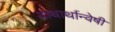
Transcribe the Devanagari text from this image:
याथार्थान्वेषी